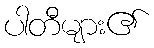
ပါတီများ၏